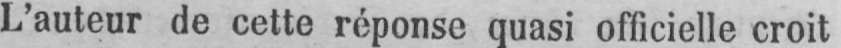
L’auteur de cette réponse quasi officielle croit